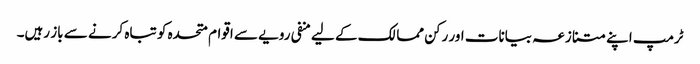
ٹرمپ اپنے متنازعہ بیانات اور رکن ممالک کے لیے منفی رویے سے اقوام متحدہ کو تباہ کرنے سے باز رہیں۔